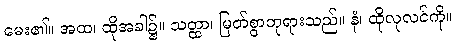
မေး၏။ အထ၊ ထိုအခါ၌။ သတ္ထာ၊ မြတ်စွာဘုရားသည်။ နံ၊ ထိုလုလင်ကို။